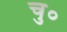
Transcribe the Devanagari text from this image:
चु०